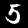
Label: 5